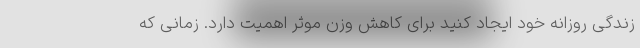
زندگی روزانه خود ایجاد کنید برای کاهش وزن موثر اهمیت دارد. زمانی که